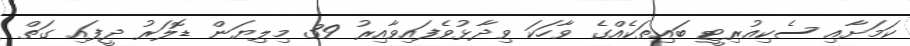
ކަމަށާއި ސެކިއުރިޓީ ބައިތަކެއްގެ ވާހަކަ ވިދާޅުވެފައިވާއިރު 39 މިލިޔަން ޑޮލަރު ދީފައި ގަތް